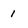
Character: 1